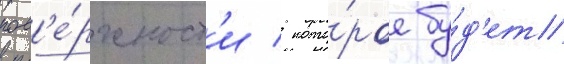
пов'е́рхност'и / кото́рое бу́д'ет